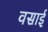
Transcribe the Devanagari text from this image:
वसाई